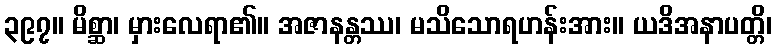
၃၉၇။ မိစ္ဆာ၊ မှားလေရာ၏။ အဇာနန္တဿ၊ မသိသောရဟန်းအား။ ယဒိအနာပတ္တိ၊